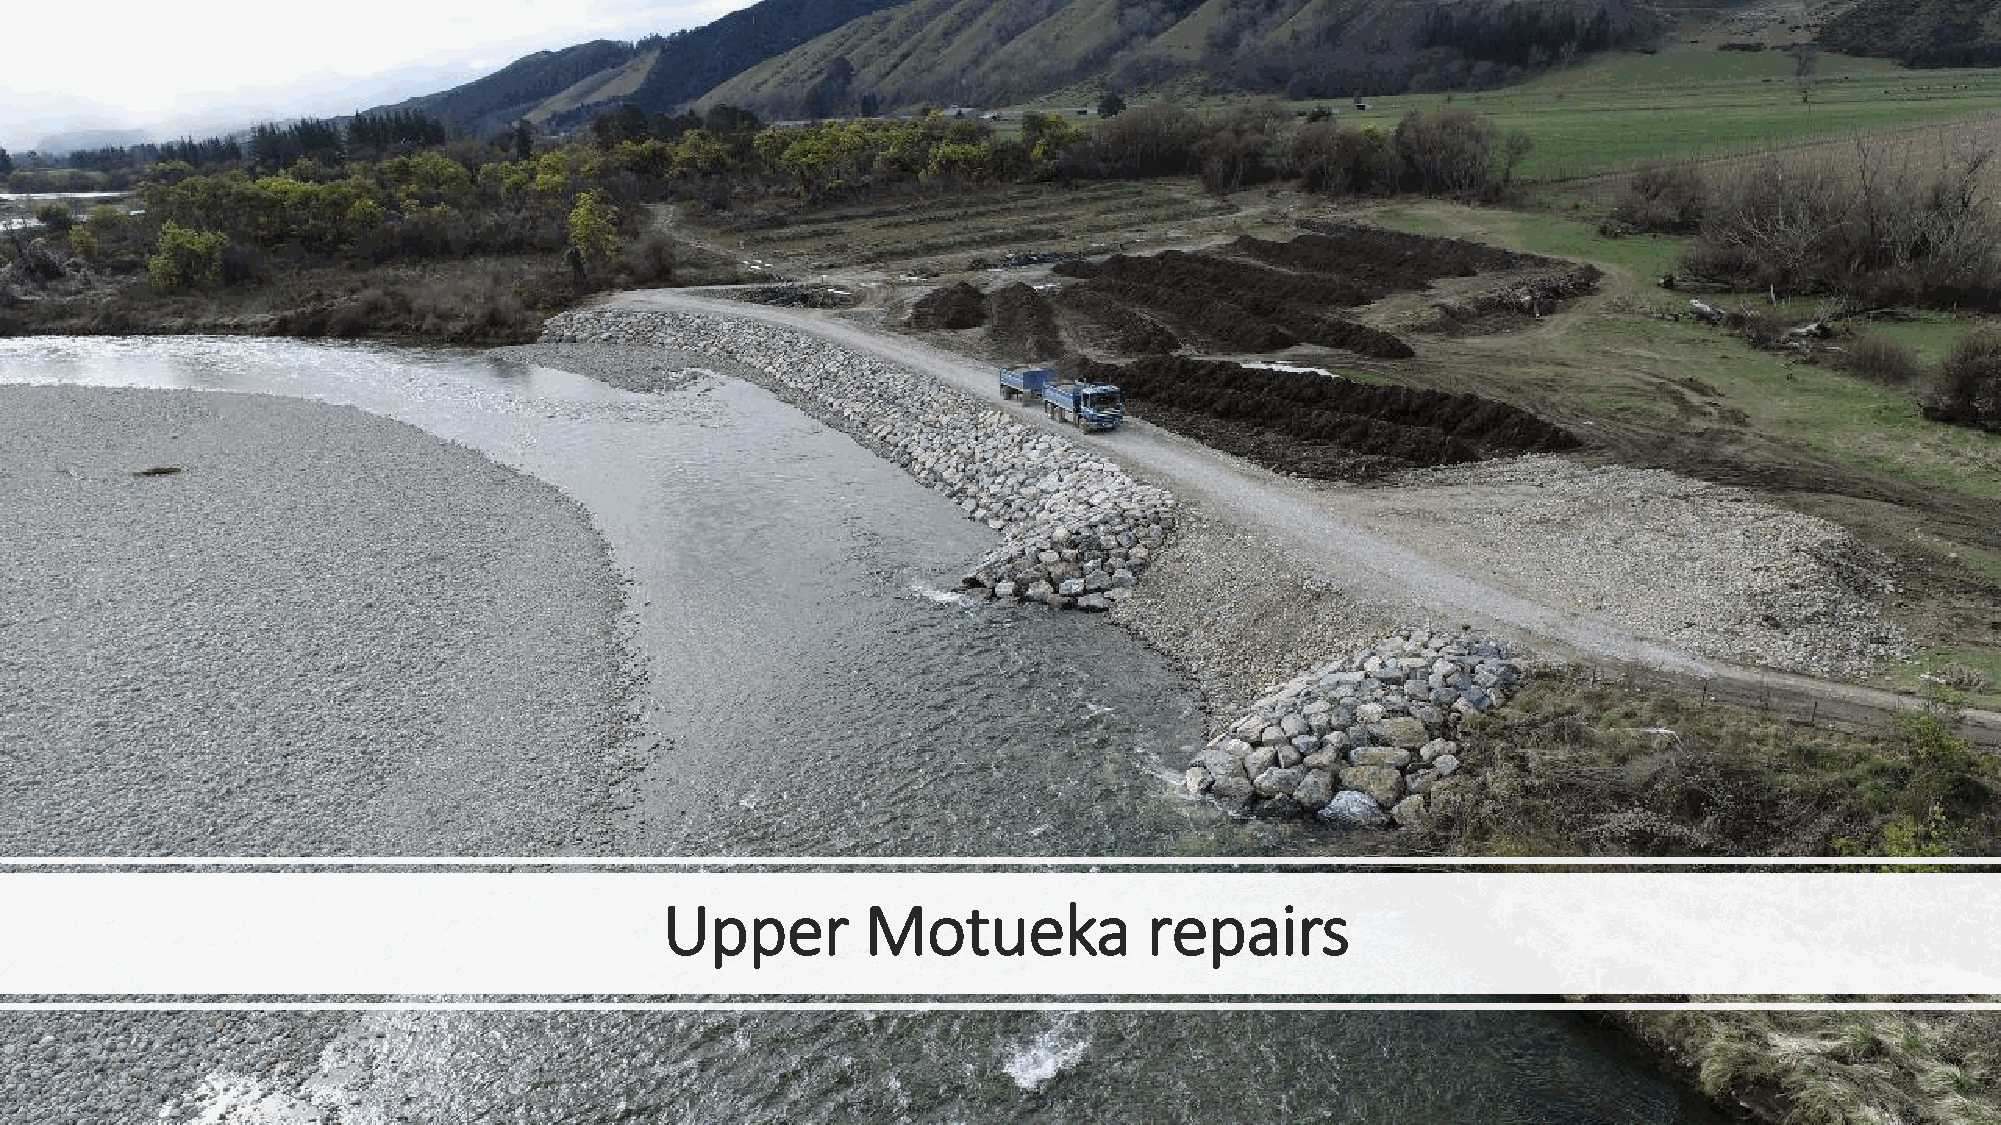
Upper        Motueka            repairs